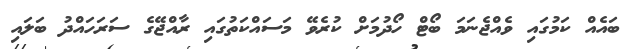
ބައެއް ކަމުގައި ވެއްޖެނަމަ ބޯޓް ހޯދުމަށް ކުރެވޭ މަސައްކަތުގައި ރާއްޖޭގެ ސަރަހައްދު ބަލައި